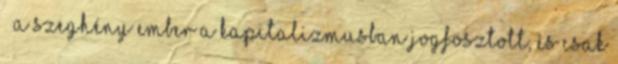
– a szeghény ember a kapitalizmusban jogfosztott, és csak